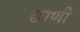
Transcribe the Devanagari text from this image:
छाणी